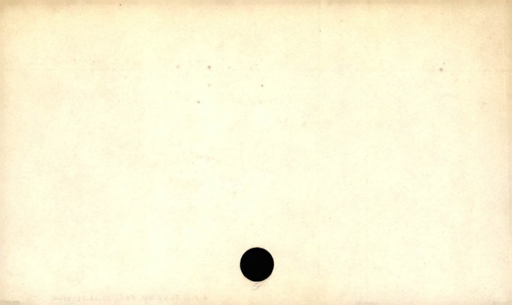
Label: blank